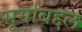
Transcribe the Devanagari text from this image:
सूर्याबद्दल